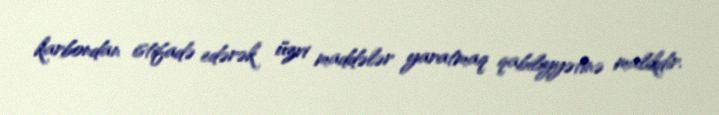
karbondan istifadə edərək üzvi maddələr yaratmaq qabiliyyətinə malikdir.